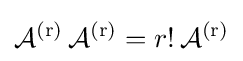
\operatorname {{\mathcal {A}}^{(r)}} \operatorname {{\mathcal {A}}^{(r)}} =r!\operatorname {{\mathcal {A}}^{(r)}}